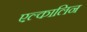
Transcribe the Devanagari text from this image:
एल्कालिन